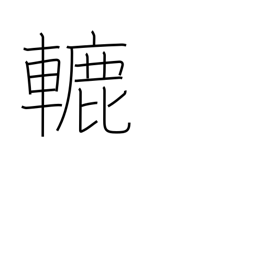
Meaning: roller